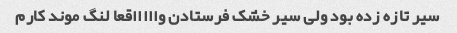
سیر تازه زده بود ولی سیر خشک فرستادن واااااقعا لنگ موند کارم